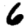
Digit: 6